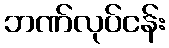
ဘဏ်လုပ်ငန်း